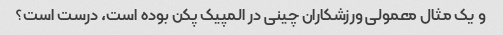
و یک مثال معمولی ورزشکاران چینی در المپیک پکن بوده است، درست است؟